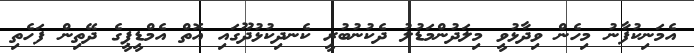
އެމަނިކުފާނު މިހެން ވިދާޅުވީ މިލަދުންމަޑުލު ދެކުނުބުރީ ކެނދިކުޅުދޫގައި އޮތް އެމްޑީޕީގެ ދޭތިން ފަހެތި